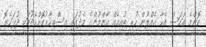
ކޮންމެ އަކަސް އެހާ ގެއްލުން ހުރި ބުއިމެއް އާންމުންގެ މެދުގައި އިސްތިހާރުކޮށްހެދުމަކީ ދުޅަހެޔޮ